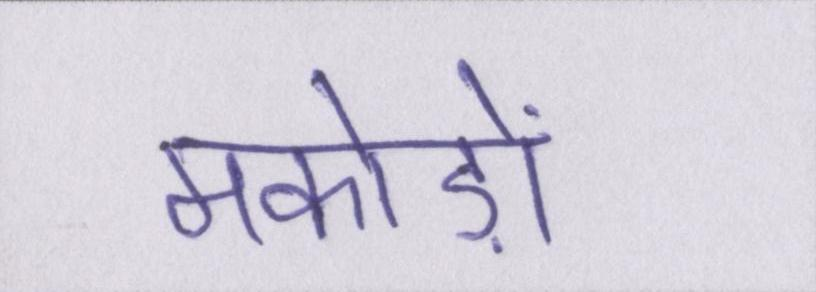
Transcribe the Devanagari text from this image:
मकोड़ों